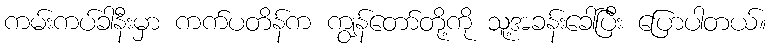
ကမ်းကပ်ခါနီးမှာ ကက်ပတိန်က ကျွန်တော်တို့ကို သူ့အခန်းခေါ်ပြီး ပြောပါတယ်။